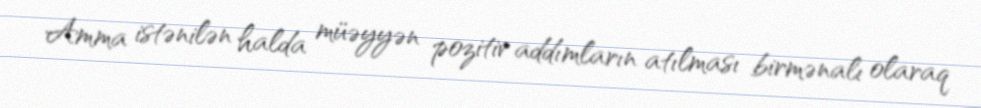
Amma istənilən halda müəyyən pozitiv addımların atılması birmənalı olaraq